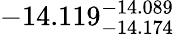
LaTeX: -14.119_{-14.174}^{-14.089}